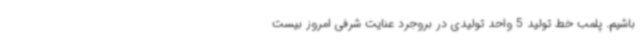
باشیم. پلمب خط تولید 5 واحد تولیدی در بروجرد عنایت شرفی امروز بیست